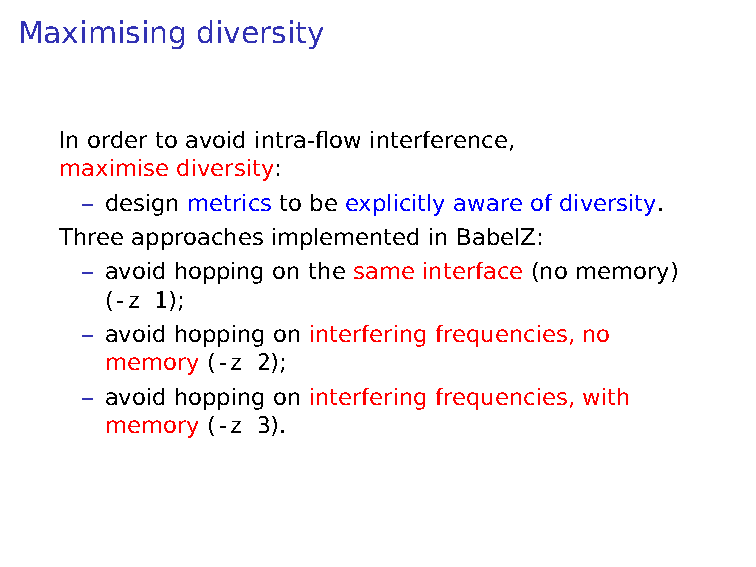
Maximising  diversity
 In order to avoid intra-flow interference,
 maximise diversity:
 – design metrics to be explicitly aware of diversity.
 Three approaches implemented in BabelZ:
 – avoid hopping on the same interface (no memory)
 (-z 1);
 – avoid hopping on interfering frequencies, no
 memory (-z 2);
 – avoid hopping on interfering frequencies, with
 memory (-z 3).